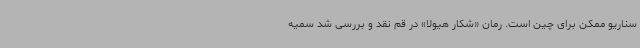
سناریو ممکن برای چین است. رمان «شکار هیولا» در قم نقد و بررسی شد سمیه